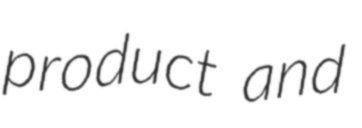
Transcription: product and